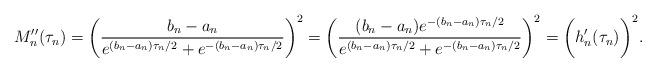
LaTeX: \begin{align*}M_n''(\tau_n)=\bigg(\frac{b_n-a_n}{e^{(b_n-a_n)\tau_n/2}+e^{-(b_n-a_n)\tau_n/2}}\bigg)^2 = \bigg(\frac{(b_n-a_n)e^{-(b_n-a_n)\tau_n/2}}{e^{(b_n-a_n)\tau_n/2}+e^{-(b_n-a_n)\tau_n/2}}\bigg)^2 =\bigg(h_n'(\tau_n)\bigg)^2.\end{align*}